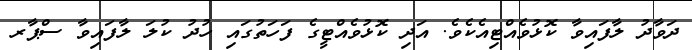
ދަވާދު ލާފައިވާ ކޮޅުވެއްޓިއެކެވެ. އަދި ކޮޅުވެއްޓީގެ ފަހަތުގައި ހުދު ކުލަ ލާފައިވާ ސްޕާރ